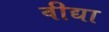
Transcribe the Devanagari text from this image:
वीद्या